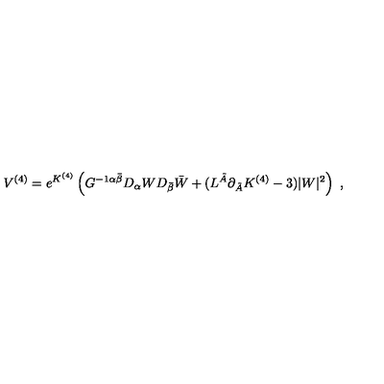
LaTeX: V ^ { ( 4 ) } = e ^ { K ^ { ( 4 ) } } \left( G ^ { - 1 \alpha \bar { \beta } } D _ { \alpha } W D _ { \bar { \beta } } \bar { W } + ( L ^ { \tilde { A } } \partial _ { \tilde { A } } K ^ { ( 4 ) } - 3 ) | W | ^ { 2 } \right) \ ,